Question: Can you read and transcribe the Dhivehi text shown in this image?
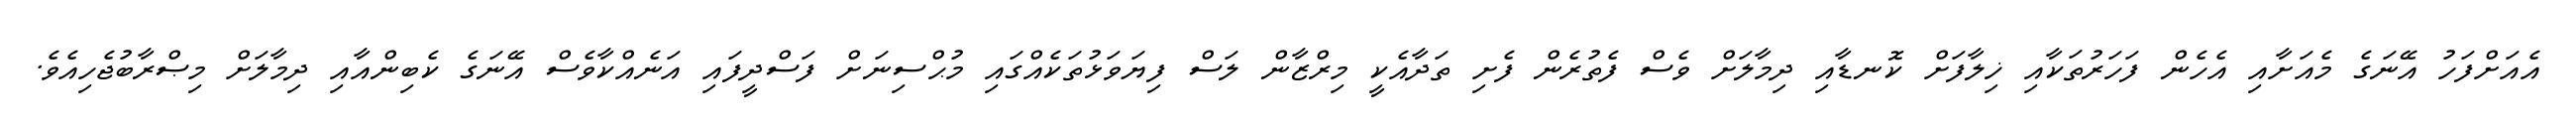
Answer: އެއަށްފަހު އޭނަގެ މެއަށާއި އެހެން ފަހަރުތަކާއި ޚިލާފަށް ކޮނޑާއި ދިމާލަށް ވެސް ފެތުރެން ފެށި ތަދާއެކީ މިރްޒާން ލަސް ފިޔަވަޅުތަކެއްގައި މުޙްސިނަށް ފަސްދީފައި އަނެއްކާވެސް އޭނަގެ ކެބިންއާއި ދިމާލަށް މިޞްރާބުޖެހިއެވެ.